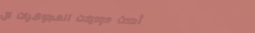
أحدث موديلات المجوهرات ال